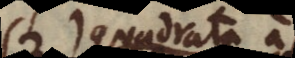
quadrata a